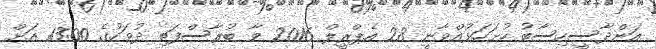
އަންދާސީހިސާބު ހުށަހަޅުއްވާނީ 28 އެޕްރީލް 2016 ވާ ބުރާސްފަތި ދުވަހުގެ 13:00 އަށް